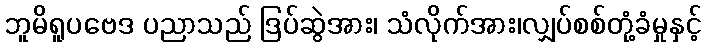
ဘူမိရူပဗေဒ ပညာသည် ဒြပ်ဆွဲအား၊ သံလိုက်အား၊လျှပ်စစ်တုံ့ခံမှုနှင့်